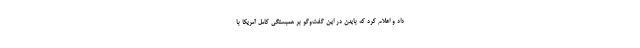
داد و اعلام کرد که بایدن در این گفت‌و‌گو بر همبستگی کامل آمریکا با